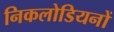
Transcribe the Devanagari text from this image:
निकलोडियनों